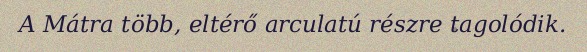
A Mátra több, eltérő arculatú részre tagolódik.